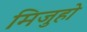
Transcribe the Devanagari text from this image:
मिजुहो